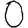
Digit: 0